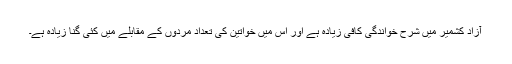
آزاد کشمیر میں شرح خواندگی کافی زیادہ ہے اور اس میں خواتین کی تعداد مردوں کے مقابلے میں کئی گنا زیادہ ہے۔